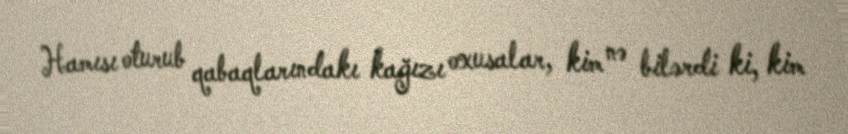
Hamısı oturub qabaqlarındakı kağızı oxusalar, kim nə bilərdi ki, kim